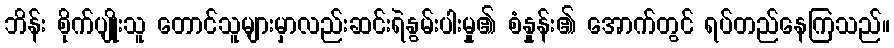
ဘိန်း စိုက်ပျိုးသူ တောင်သူများမှာလည်းဆင်းရဲနွမ်းပါးမှု၏ စံနှုန်း၏ အောက်တွင် ရပ်တည်နေကြသည်။